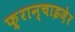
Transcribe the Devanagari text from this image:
फ़्रान्चाइज़ेर